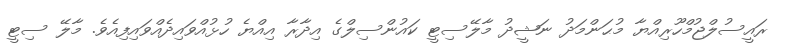
ރައީސުލްޖުމްހޫރިއްޔާ މުޙަންމަދު ނަޝީދު މާލޭސިޓީ ކައުންސިލްގެ އިދާރާ އިއްޔެ ހުޅުއްވައިދެއްވައިފިއެވެ. މާލޭ ސިޓީ